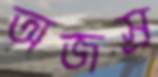
অজস্র